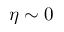
\eta \sim 0